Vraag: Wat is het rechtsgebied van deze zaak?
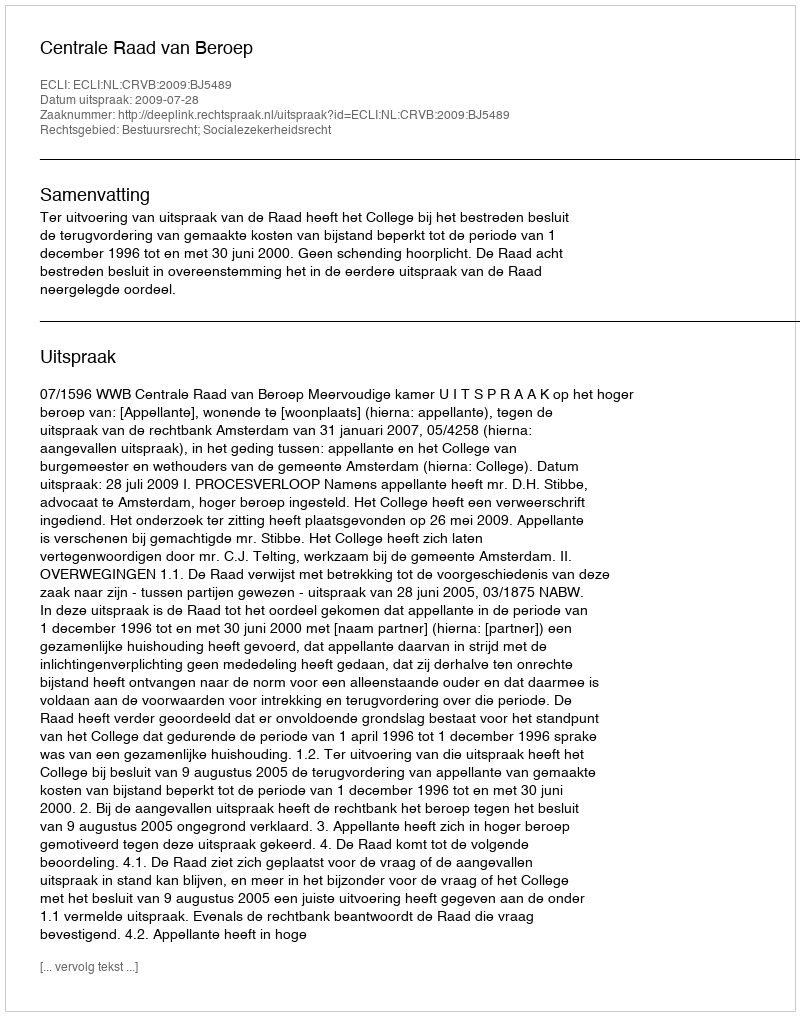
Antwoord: Bestuursrecht; Socialezekerheidsrecht